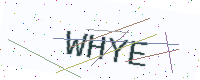
Text: WHYE